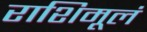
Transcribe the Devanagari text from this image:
राशिमूलं